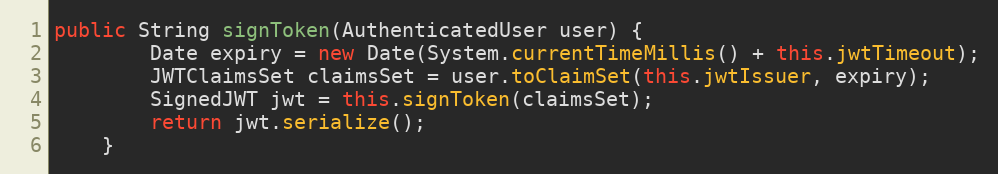
Language: Java
public String signToken(AuthenticatedUser user) {
        Date expiry = new Date(System.currentTimeMillis() + this.jwtTimeout);
        JWTClaimsSet claimsSet = user.toClaimSet(this.jwtIssuer, expiry);
        SignedJWT jwt = this.signToken(claimsSet);
        return jwt.serialize();
    }